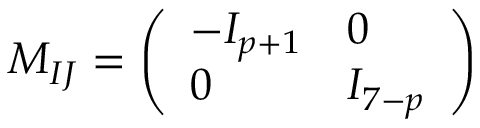
M _ { I J } = \left( \begin{array} { l l } { { - I _ { p + 1 } } } & { { 0 } } \\ { { 0 } } & { { I _ { 7 - p } } } \end{array} \right)